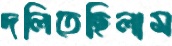
দলিতেছিলাম